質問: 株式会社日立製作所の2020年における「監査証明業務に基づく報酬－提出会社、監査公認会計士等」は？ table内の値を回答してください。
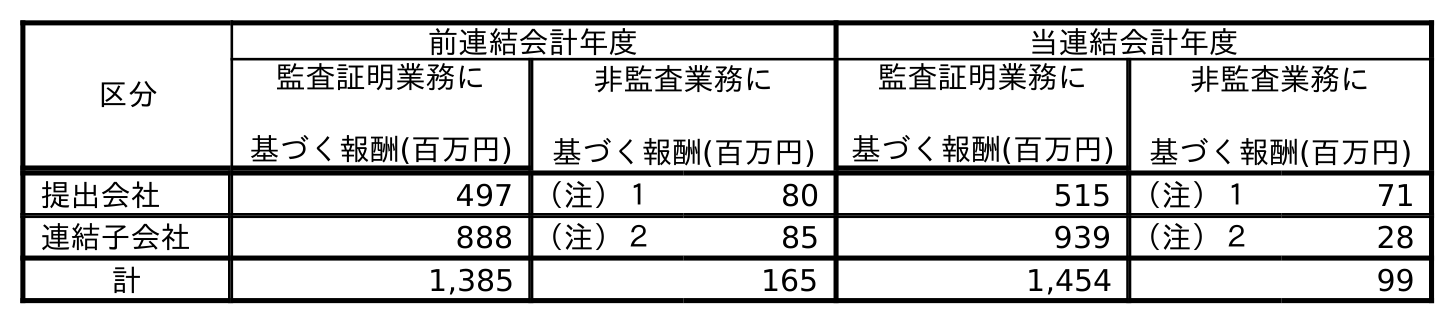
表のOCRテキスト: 区分 前連結会計年度 当連結会計年度 監査証明業務に 基づく報酬(百万円) 非監査業務に 基づく報酬(百万円) 監査証明業務に 基づく報酬(百万円) 非監査業務に 基づく報酬(百万円) 提出会社 497 （注）１ 80 515 （注）１ 71 連結子会社 888 （注）２ 85 939 （注）２ 28 計 1,385 165 1,454 99
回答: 515